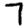
Digit: 7